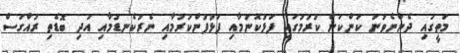
މަތީގައި ދެންނެވުނު ކަންކަން ކުރުމުގައި ފަޅުކޮނުމާއި ފަޅުފުންކުރުމާއި ނެރުކެނޑުމާއި އަދި ބޮޑެތި ރުއްގަސް